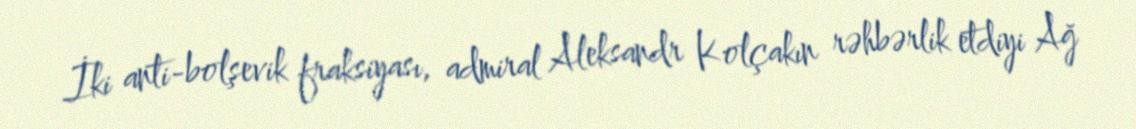
İki anti-bolşevik fraksiyası, admiral Aleksandr Kolçakın rəhbərlik etdiyi Ağ